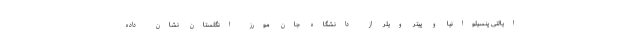
ایالتی پنسیلوانیا و پیتر ویلر از دانشگاه جان مورِز انگلستان نشان داده